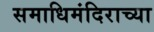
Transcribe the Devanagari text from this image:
समाधिमंदिराच्या